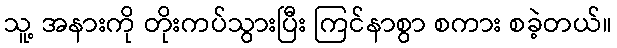
သူ့ အနားကို တိုးကပ်သွားပြီး ကြင်နာစွာ စကား စခဲ့တယ်။